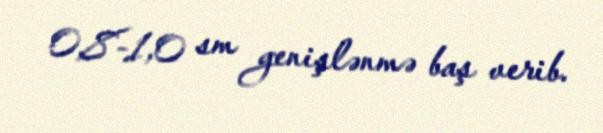
0,8-1,0 sm genişlənmə baş verib.